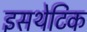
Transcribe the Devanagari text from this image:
इसथेटिक